Problem: 33 + 31 = ?
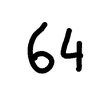
Handwritten answer: 64